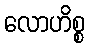
လောဟိစ္စ